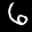
Label: 6